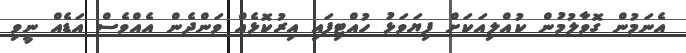
އެނަމުން ގޮވާލުމުން ކުއްލިއަކަށް ފިޔަވަޅު ހުއްޓިފައި އިރުކޮޅެއް ވަންދެން އެއްވެސް އަޑެއް ނީވި